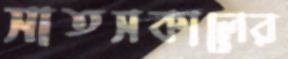
সাতসকালের